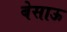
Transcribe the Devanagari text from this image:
बेसाऊ